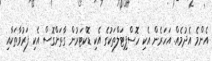
އެންމެ އެދުމެއް. އަހަރެން އެކި ހޮސްޕިޓަލްތަކުގެ އެކި ޑޮކްޓަރުން ގާތަށްގޮސް އެކި ފަރުވާތަކާއި